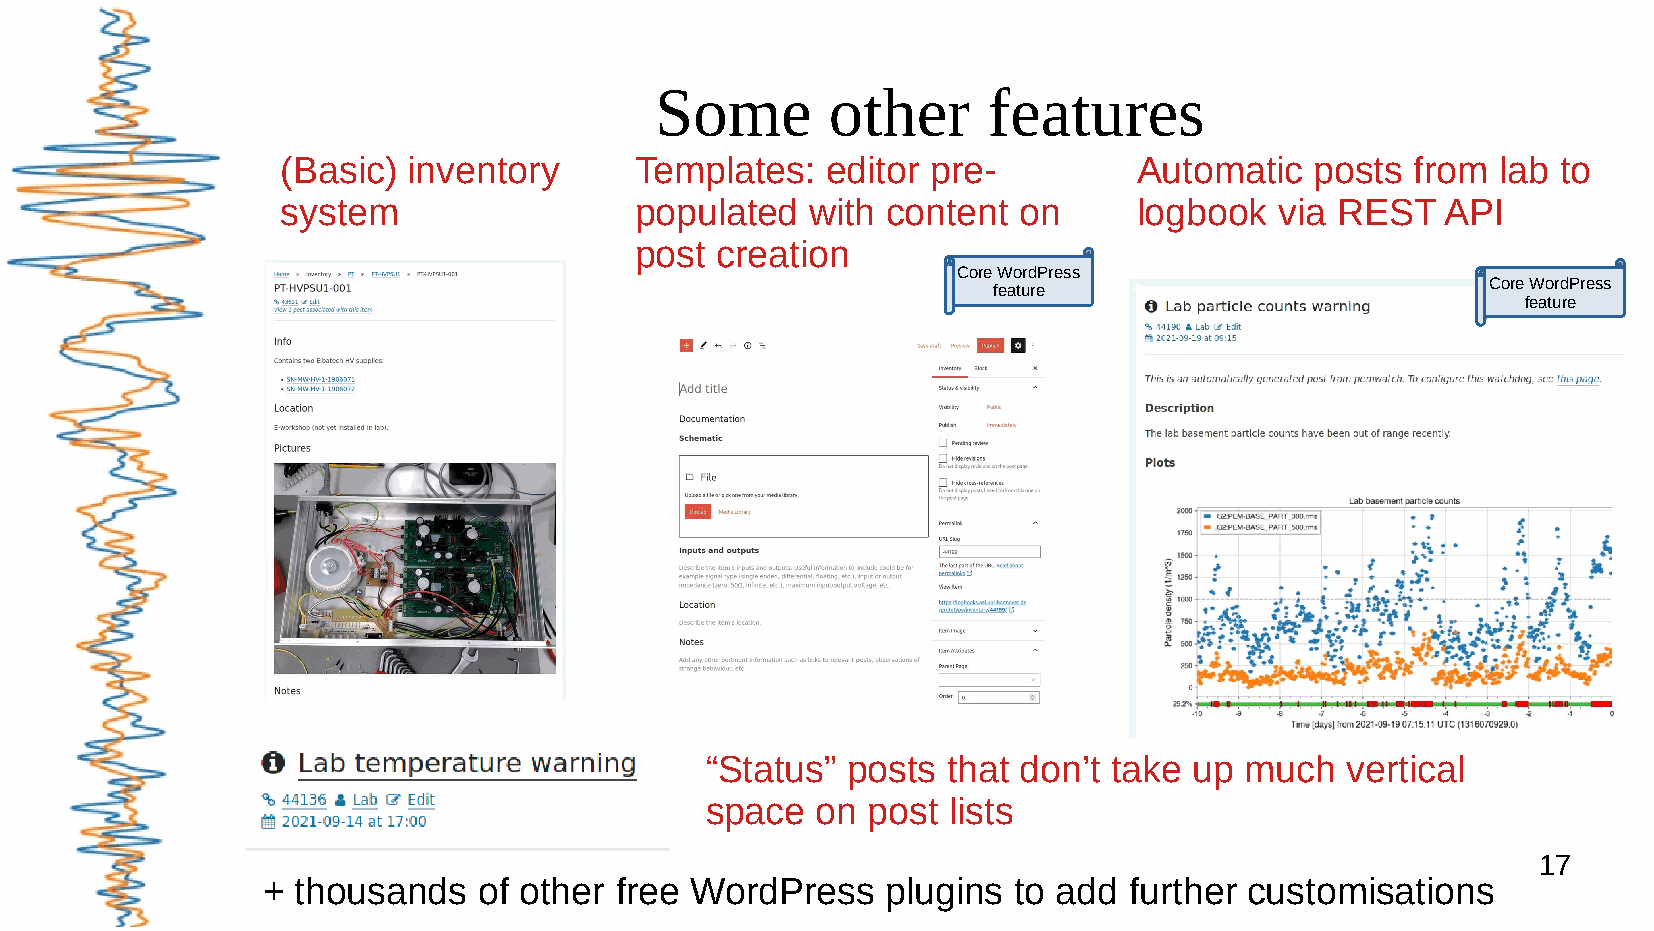
Some        other     features
 (Basic) inventory      Templates:   editor pre-         Automatic   posts  from lab to
 system                 populated   with content on      logbook   via REST   API
 post creation
 Core WordPress
 Core WordPress
 feature
 feature
 “Status” posts  that don’t take up much   vertical
 space  on post  lists
 17
 +  thousands   of other free WordPress    plugins to add  further customisations